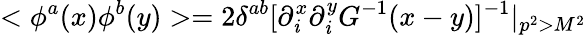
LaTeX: <\phi^{a}(x)\phi^{b}(y)>=2\delta^{ab}[\partial_{\mathit{i}}^{x}\partial_{\mathit{i}}^{y}G^{-1}(x-y)]^{-1}|_{p^{2}>M^{2}}